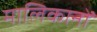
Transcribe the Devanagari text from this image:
मालिकानों